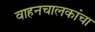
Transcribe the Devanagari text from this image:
वाहनचालकांचा